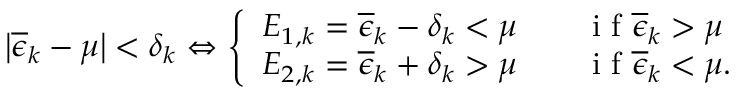
\left| \overline { { \epsilon } } _ { k } - \mu \right| < \delta _ { k } \Leftrightarrow \left\{ \begin{array} { l l } { E _ { 1 , k } = \overline { { \epsilon } } _ { k } - \delta _ { k } < \mu \qquad \mathrm { ~ i ~ f ~ } \overline { { \epsilon } } _ { k } > \mu } \\ { E _ { 2 , k } = \overline { { \epsilon } } _ { k } + \delta _ { k } > \mu \qquad \mathrm { ~ i ~ f ~ } \overline { { \epsilon } } _ { k } < \mu . } \end{array} \right.